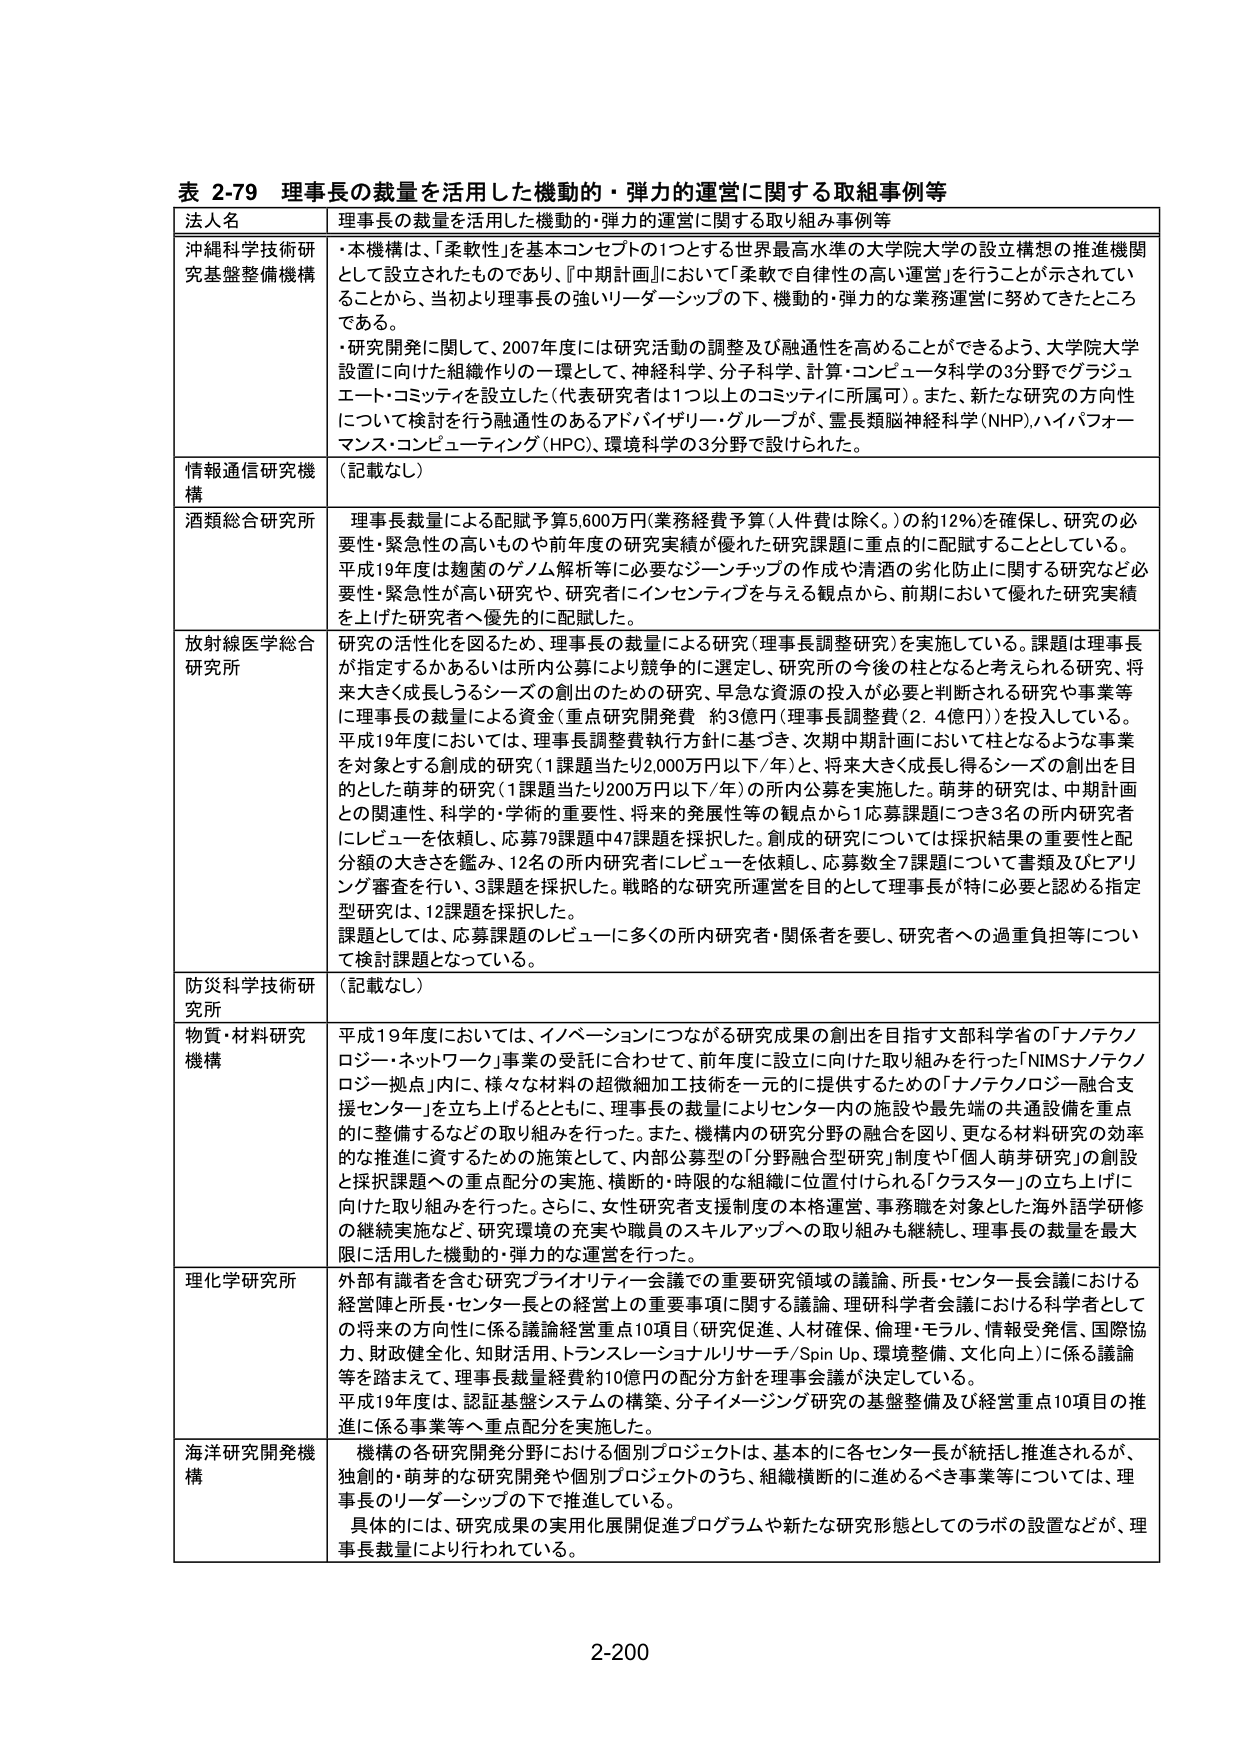
表 2-79 理事長の裁量を活用した機動的・弾力的運営に関する取組事例等

法人名 理事長の裁量を活用した機動的・弾力的運営に関する取り組み事例等

沖縄科学技術研究基盤整備機構
・本機構は、「柔軟性」を基本コンセプトの1つとする世界最高水準の大学院大学の設立構想の推進機関として設立されたものであり、『中期計画』において「柔軟で自律性の高い運営」を行うことが示されていることから、当初より理事長の強いリーダーシップの下、機動的・弾力的な業務運営に努めてきたところである。
・研究開発に関して、2007年度には研究活動の調整及び融通性を高めることができるよう、大学院大学設置に向けた組織作りの一環として、神経科学、分子科学、計算・コンピュータ科学の3分野でグラジュエート・コミッティを設立した（代表研究者は1つ以上のコミッティに所属可）。また、新たな研究の方向性について検討を行う融通性のあるアドバイザリー・グループが、霊長類脳神経科学（NHP）、ハイパフォーマンス・コンピューティング（HPC）、環境科学の3分野で設けられた。

情報通信研究機構 （記載なし）

酒類総合研究所 理事長裁量による配賦予算5,600万円（業務経費予算（人件費は除く。）の約12％）を確保し、研究の必要性・緊急性の高いものや前年度の研究実績が優れた研究課題に重点的に配賦することとしている。平成19年度は麹菌のゲノム解析等に必要なジーチップの作成や清酒の劣化防止に関する研究など必要性・緊急性が高い研究や、研究者にインセンティブを与える観点から、前期において優れた研究実績を上げた研究者へ優先的に配賦した。

放射線医学総合研究所 研究の活性化を図るため、理事長の裁量による研究（理事長調整研究）を実施している。課題は理事長が指定するかあるいは所内公募により競争的に選定し、研究所の今後の柱となると考えられる研究、将来大きく成長しうるシーズの創出のための研究、早急な資源の投入が必要と判断される研究や事業等に理事長の裁量による資金（重点研究開発費 約3億円（理事長調整費（2.4億円）））を投入している。平成19年度においては、理事長調整費執行方針に基づき、次期中期計画において柱となるような事業を対象とする創成的研究（1課題当たり2,000万円以下/年）と、将来大きく成長し得るシーズの創出を目的とした萌芽的研究（1課題当たり200万円以下/年）の所内公募を実施した。萌芽的研究は、中期計画との関連性、科学的・学術的重要性、将来の発展性等の観点から1応募課題につき3名の所内研究者にレビューを依頼し、応募79課題中47課題を採択した。創成的研究については採択結果の重要性と配分額の大きさを鑑み、12名の所内研究者にレビューを依頼し、応募数全7課題について書類及びヒアリング審査を行い、3課題を採択した。戦略的な研究所運営を目的として理事長が特に必要と認める指定型研究は、12課題を採択した。課題としては、応募課題のレビューに多くの所内研究者・関係者を要し、研究者への過重負担等について検討課題となっている。

防災科学技術研究所 （記載なし）

物質・材料研究機構 平成19年度においては、イノベーションにつながる研究成果の創出を目指す文部科学省の「ナノテクノロジー・ネットワーク」事業の受託に合わせて、前年度に設立に向けた取り組みを行った「NIMSナノテクノロジー拠点」内に、様々な材料の超微細加工技術を一元的に提供するための「ナノテクノロジー融合支援センター」を立ち上げるとともに、理事長の裁量によりセンター内の施設や最先端の共通設備を重点的に整備するなどの取り組みを行った。また、機構内の研究分野の融合を図り、更なる材料研究の効率的な推進に資するための施策として、内部公募型の「分野融合型研究」制度や「個人萌芽研究」の創設と採択課題への重点配分の実施、横断的・時限的な組織に位置付けられる「クラスター」の立ち上げに向けた取り組みを行った。さらに、女性研究者支援制度の本格運営、事務職を対象とした海外語学研修の継続実施など、研究環境の充実や職員のスキルアップへの取り組みも継続し、理事長の裁量を最大限に活用した機動的・弾力的な運営を行った。

理化学研究所 外部有識者を含む研究プライオリティ会議での重要研究領域の議論、所長・センター長会議における経営陣と所長・センター長との経営上の重要事項に関する議論、理研科学者会議における科学者としての将来の方向性に係る議論経営重点10項目（研究促進、人材確保、倫理・モラル、情報受発信、国際協力、財政健全化、知財活用、トランスレーショナルリサーチ/Spin Up、環境整備、文化向上）に係る議論等を踏まえて、理事長裁量経費約10億円の配分方針を理事会議が決定している。平成19年度は、認証基盤システムの構築、分子イメージング研究の基盤整備及び経営重点10項目の推進に係る事業等へ重点配分を実施した。

海洋研究開発機構 機構の各研究開発分野における個別プロジェクトは、基本的に各センター長が統括し推進されるが、独創的・萌芽的な研究開発や個別プロジェクトのうち、組織横断的に進めるべき事業等については、理事長のリーダーシップの下で推進している。具体的には、研究成果の実用化展開促進プログラムや新たな研究形態としてのラボの設置などが、理事長裁量により行われている。

2-200